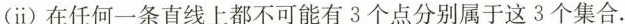
(ⅱ)在任何一条直线上都不可能有3个点分别属于这3个集合。